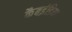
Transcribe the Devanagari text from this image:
कैबइंडिया